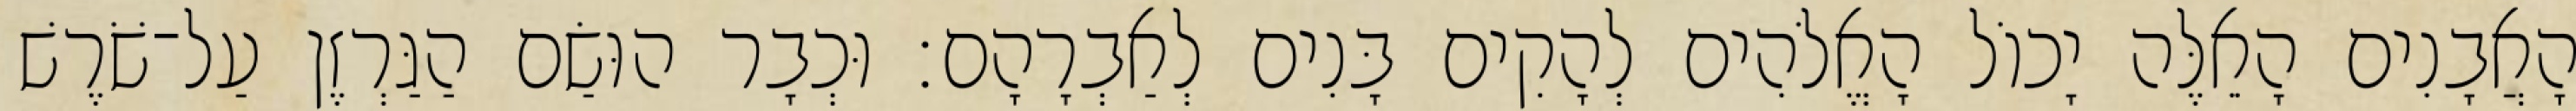
הָאֲבָנִים הָאֵלֶּה יָכוֹל הָאֱלֹהִים לְהָקִים בָּנִים לְאַבְרָהָם׃ וּכְבָר הוּשַׂם הַגַּרְזֶן עַל־שֹׁרֶשׁ